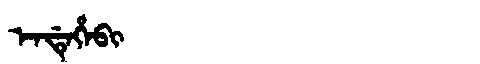
Manchu: ᡝᠨᡩᡝᡥᡝᠪᡳ
Romanization: ENDEHEBI